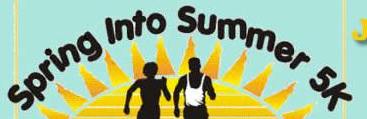
Spring Into Summer 5K